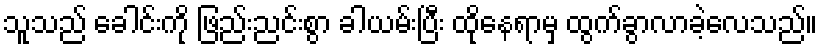
သူသည် ခေါင်းကို ဖြည်းညင်းစွာ ခါယမ်းပြီး ထိုနေရာမှ ထွက်ခွာလာခဲ့လေသည်။